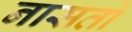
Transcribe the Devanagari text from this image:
नासतो